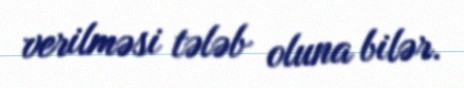
verilməsi tələb oluna bilər.